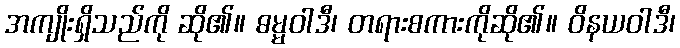
အကျိုးရှိသည်ကို ဆို၏။ ဓမ္မဝါဒီ၊ တရားစကားကိုဆို၏။ ဝိနယဝါဒီ၊